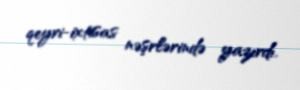
qeyri-ixtisas nəşrlərində yazırdı.